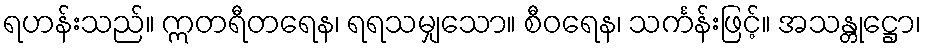
ရဟန်းသည်။ ဣတရီတရေန၊ ရရသမျှသော။ စီဝရေန၊ သင်္ကန်းဖြင့်။ အသန္တုဋ္ဌော၊